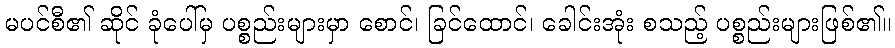
မပင်စီ၏ ဆိုင် ခုံပေါ်မှ ပစ္စည်းများမှာ စောင်၊ ခြင်ထောင်၊ ခေါင်းအုံး စသည့် ပစ္စည်းများဖြစ်၏။